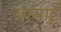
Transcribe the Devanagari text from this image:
बोमाई